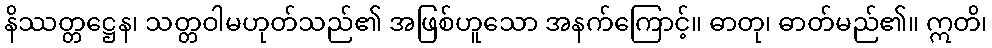
နိဿတ္တဋ္ဌေန၊ သတ္တဝါမဟုတ်သည်၏ အဖြစ်ဟူသော အနက်ကြောင့်။ ဓာတု၊ ဓာတ်မည်၏။ ဣတိ၊